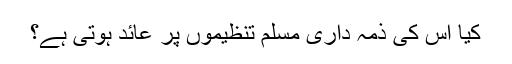
کیا اس کی ذمہ داری مسلم تنظیموں پر عائد ہوتی ہے؟